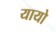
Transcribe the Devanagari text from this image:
यायो